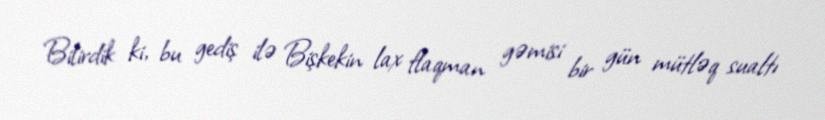
Bilirdik ki, bu gediş ilə Bişkekin lax flaqman gəmisi bir gün mütləq sualtı